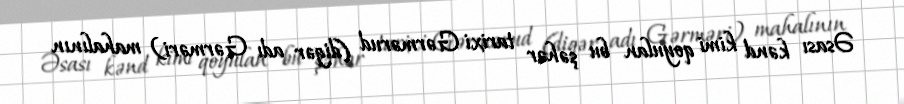
Əsası kənd kimi qoyulan bu şəhər tarixi Gərmərud (digər adı Gərməri) mahalının